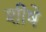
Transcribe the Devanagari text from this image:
शीषे